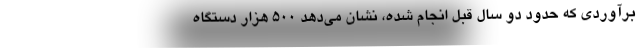
برآوردی که حدود دو سال قبل انجام شده، نشان می‌دهد ۵۰۰ هزار دستگاه